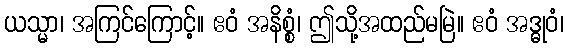
ယသ္မာ၊ အကြင်ကြောင့်။ ဧဝံ အနိစ္စံ၊ ဤသို့အထည်မမြဲ။ ဧဝံ အဒ္ဓုဝံ၊